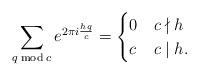
LaTeX: \begin{align*} \sum_{q \bmod c} e^{2\pi i \frac{hq}{c}} = \begin{cases} 0 & c \nmid h \\ c & c \mid h. \end{cases} \end{align*}